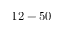
1 2 - 5 0